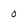
Character: 0